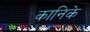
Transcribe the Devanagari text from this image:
कानिके